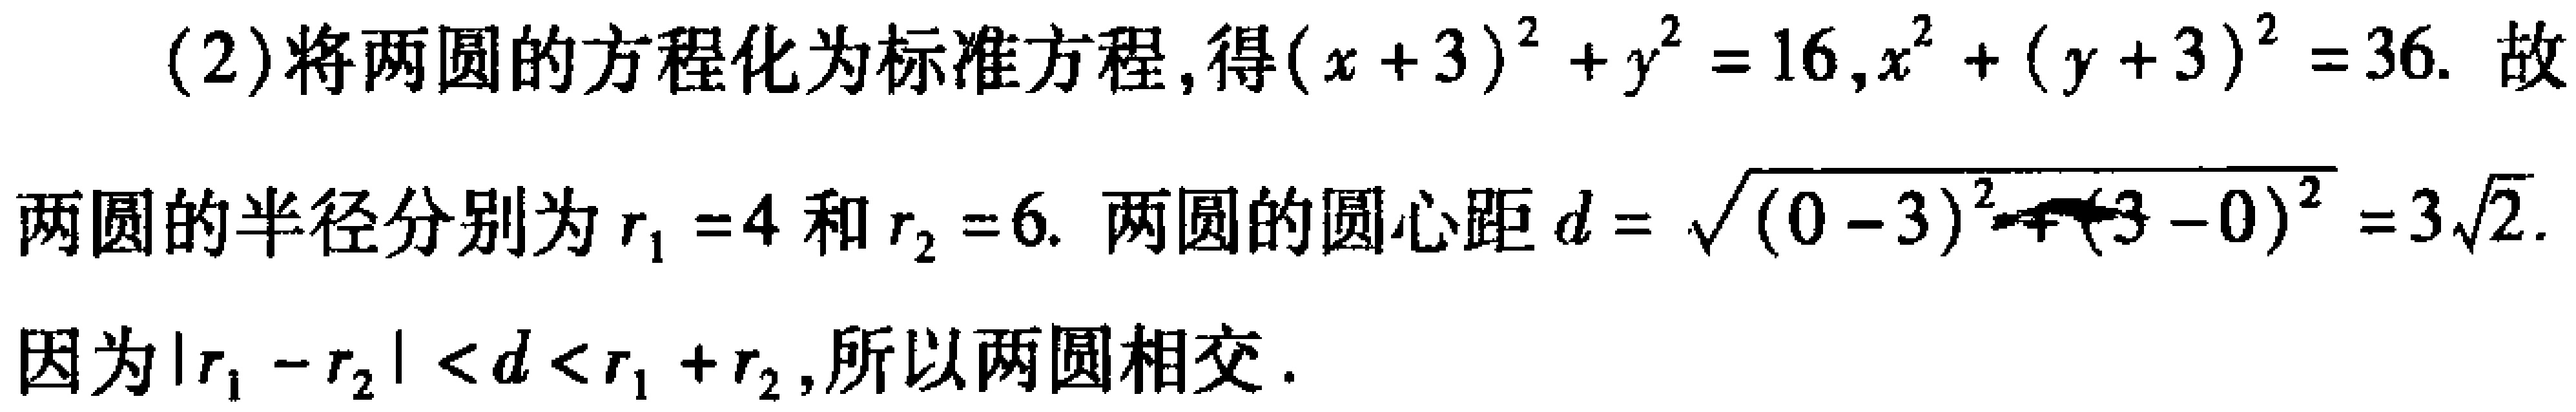
(2)将两圆的方程化为标准方程,得\((x + 3)^{2}+y^{2}=16\),\(x^{2}+(y + 3)^{2}=36\). 故
两圆的半径分别为\(r_{1}=4\)和\(r_{2}=6\). 两圆的圆心距\(d = \sqrt{(0 - 3)^{2}+(- 3 - 0)^{2}}=3\sqrt{2}\).
因为\(\vert r_{1}-r_{2}\vert<d<r_{1}+r_{2}\),所以两圆相交.